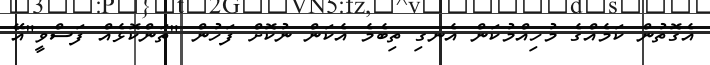
އެގޮތުން ކަމެއްގެ މުހިއްމުކަން އެނގި ތިބެމެ އެކަން ނުކޮށް ފަހުން "ތަންކޮޅެއް ފަސްވީ"އޭ